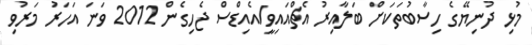
މުޅި ދުނިޔޭގެ ހިސާބުތަކަށް ބަލާއިރު އެޗްއައިވީ/އެއިޑްސް ޖެހިގެން 2012 ވަނަ އަހަރު މަރުވި